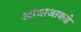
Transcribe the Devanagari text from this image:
आवाजाकडे